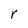
Character: r